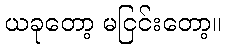
ယခုတော့ မငြင်းတော့။